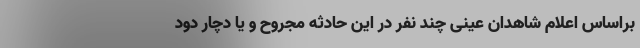
براساس اعلام شاهدان عینی چند نفر در این حادثه مجروح و یا دچار دود